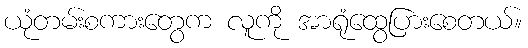
ယုံတမ်းစကားတွေက လူကို အာရုံထွေပြားစေတယ်။